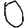
Digit: 0